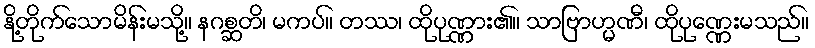
နို့တိုက်သောမိန်းမသို့။ နဂစ္ဆတိ၊ မကပ်။ တဿ၊ ထိုပုဏ္ဏား၏။ သာဗြာဟ္မဏီ၊ ထိုပုဏ္ဏေးမသည်။